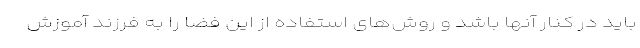
باید در کنار آنها باشد و روش‌های استفاده از این فضا را به فرزند آموزش